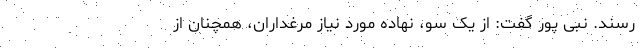
‌رسند. نبی پور گفت: از یک سو، نهاده مورد نیاز مرغداران، همچنان از